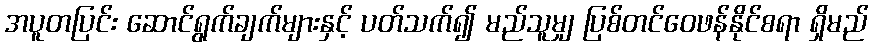
အပူတပြင်း ဆောင်ရွက်ချက်များနှင့် ပတ်သက်၍ မည်သူမျှ ပြစ်တင်ဝေဖန်နိုင်စရာ ရှိမည်